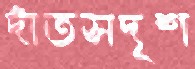
দাঁতসদৃশ